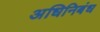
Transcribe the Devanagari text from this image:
अधिनिबंध